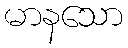
မာနသော